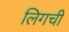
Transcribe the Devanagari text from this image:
लिगची